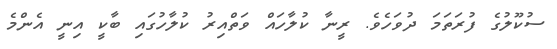
ސުކޫލުގެ ފުރަތަމަ ދުވަހެވެ. ރީނާ ކުލާހައް ވަތްއިރު ކުލާހުގައި ބާކީ އިނީ އެންމެ